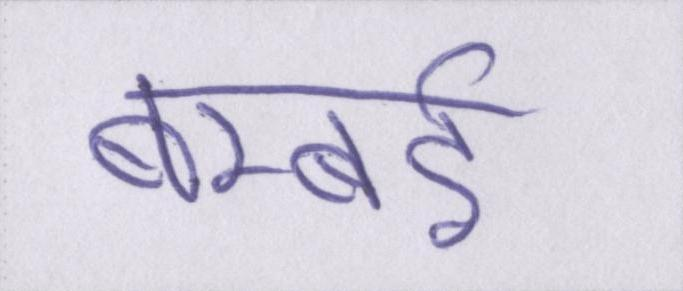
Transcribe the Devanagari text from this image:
बम्बर्इ